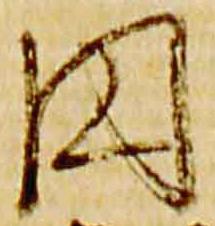
円